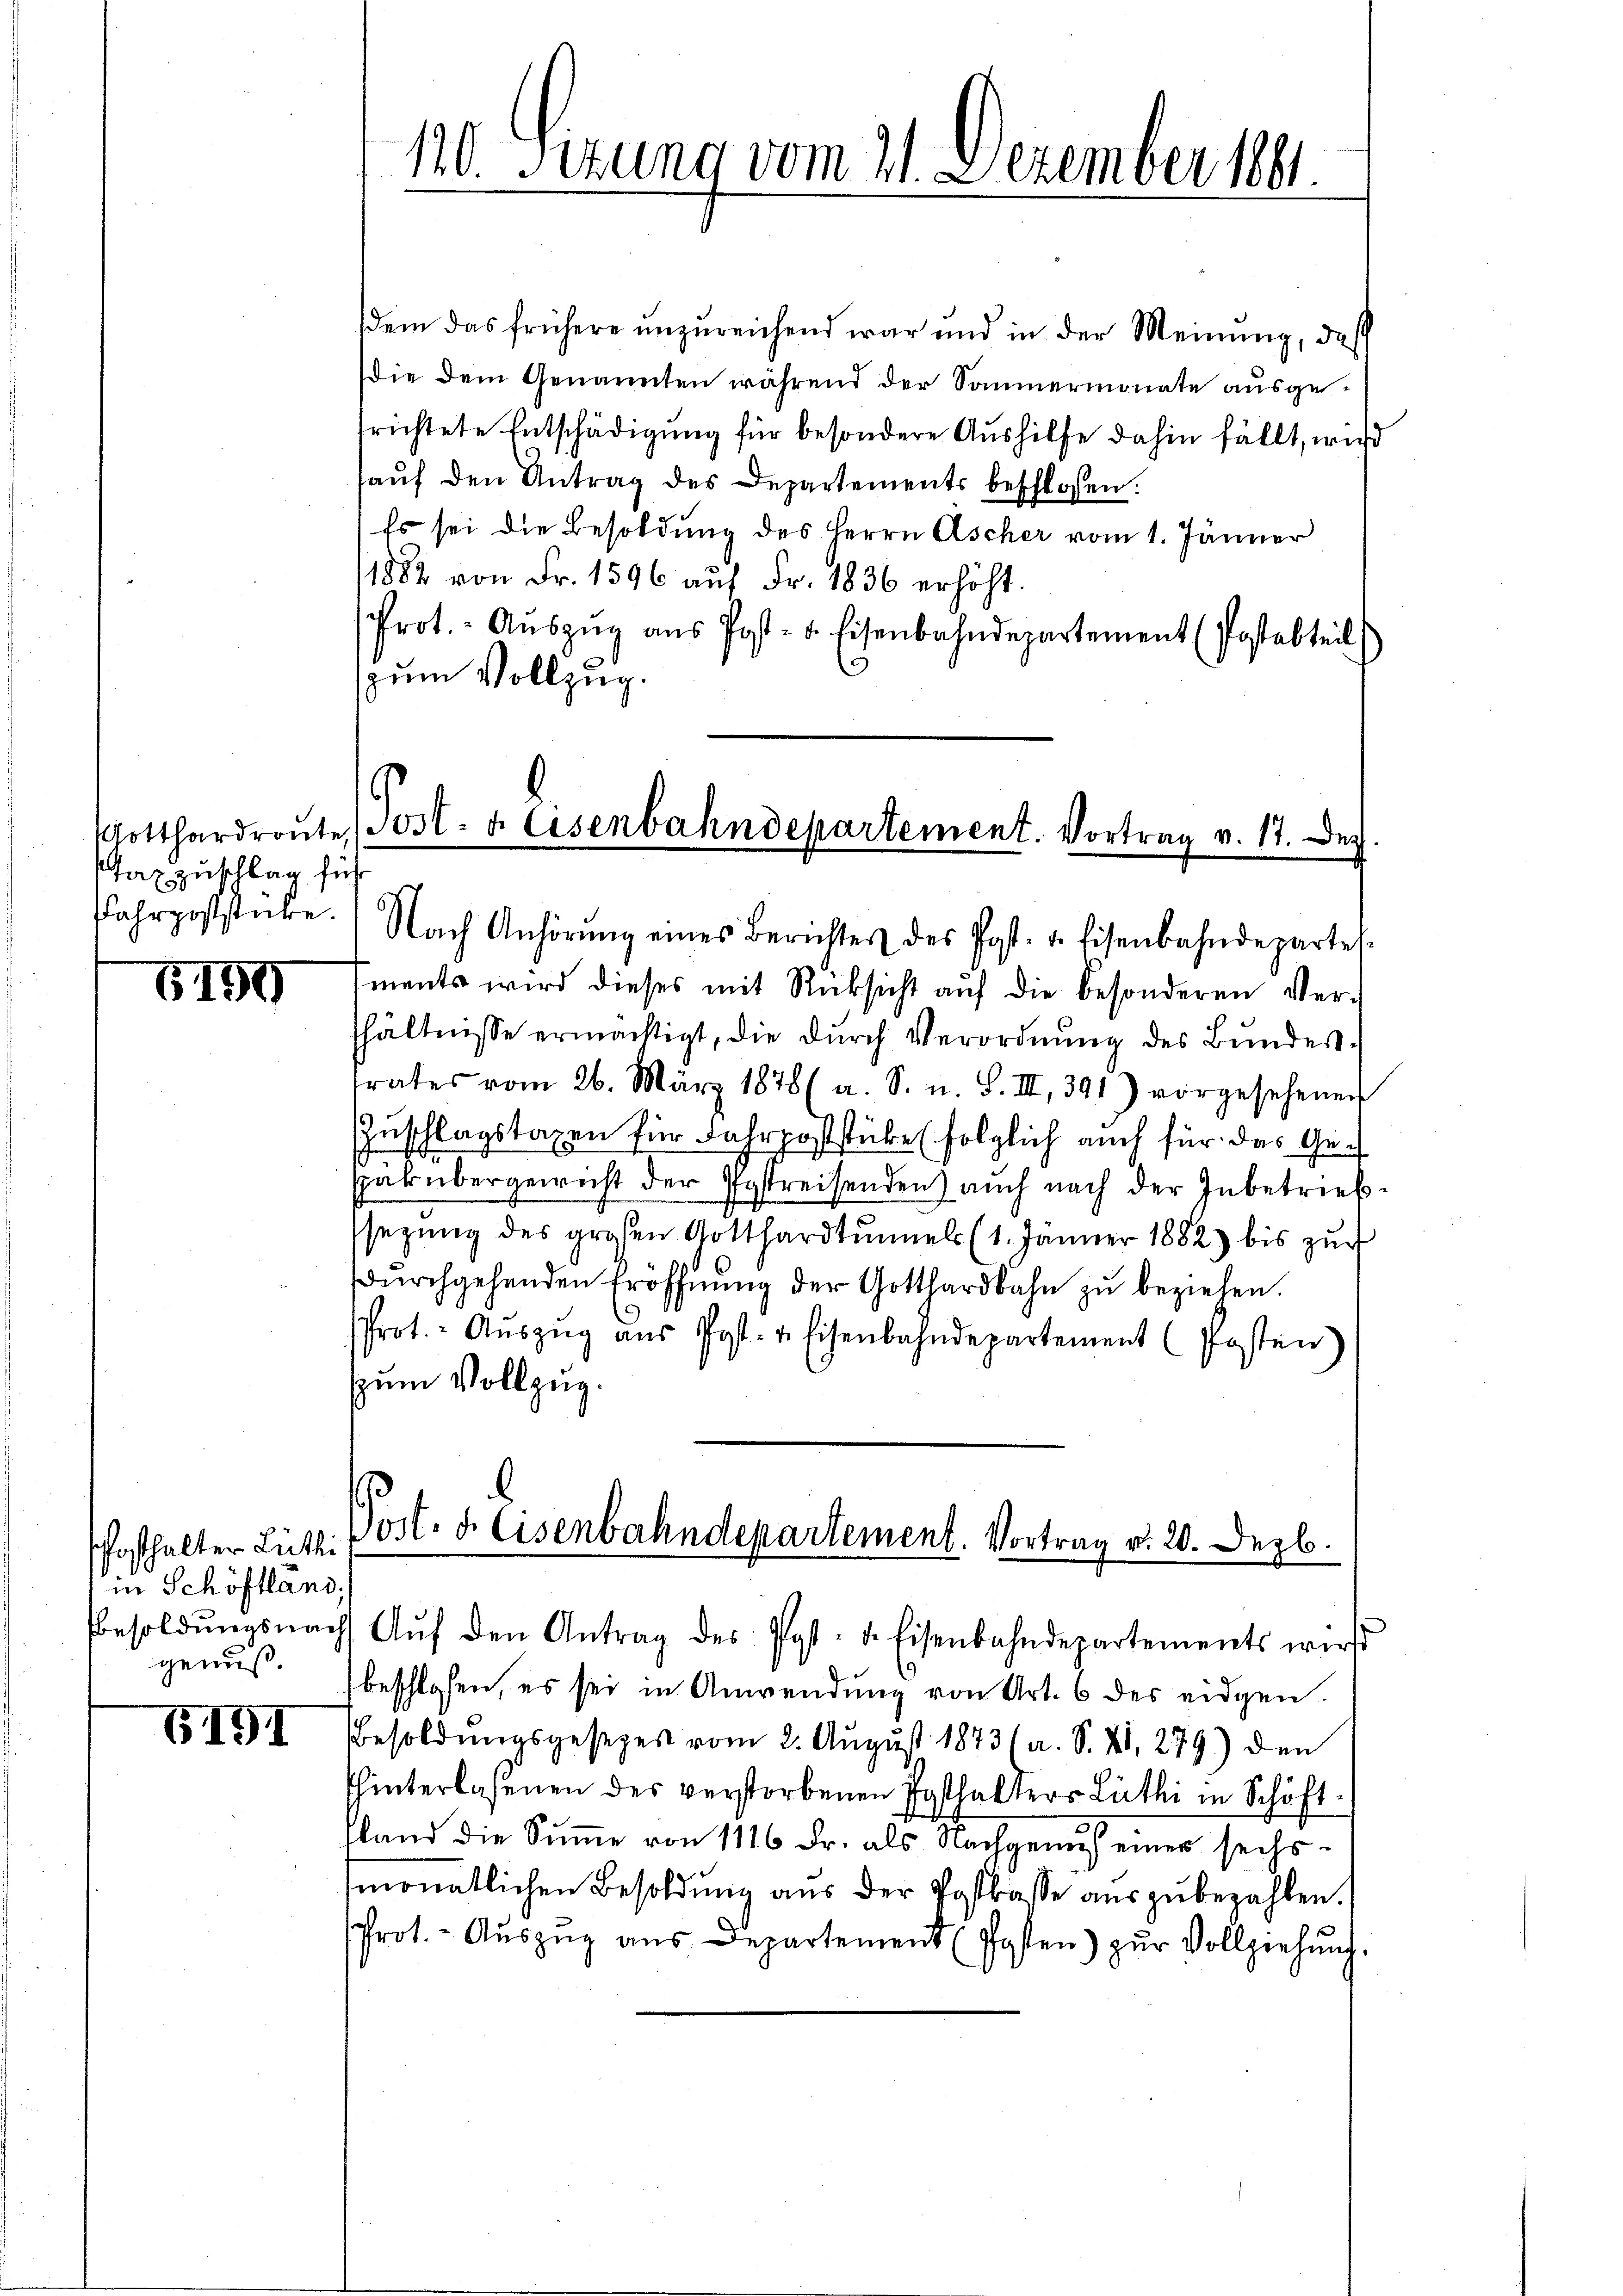
azzuschlag füh
Fahrpoststicke.

5191

schofhalter Lüthi
in Schöffländ
genuß.

G191

sdem das frühere ŭnzŭreichend war und in der Meinŭng, daß
die dem Genannten während der Sommermonate ausgefrichtete Entschädigung für besondere Aushilfe dahin fällt, wird
haŭf den Antrag des Departements beschlossen:
Es sei die Besoldung des Herrn Ascher vom 1. Jänner
1882 von Fr. 1596 auf Fr. 1836 erhöht.
Prot.- Aŭszŭg aŭs Post- u. Eisenbahndepartement (Postabteil
C
(zum Vollzug.

110. Sezung vom 21. Dezember 1891
.

Gotthardraŭte (Post- u. Eisenbahndepartement. Vortrag v. 17. Dez
Nach Anhörŭng eines Berichtes des Post- u. Eisenbahndeparte

mants wird dieses mit Rücksicht aŭf die besonderen Ver-
shältnisse ermächtigt, die durch Verordnung des Bundesrates vom 26. März 1878 (a. S. u. S. III 391) vorgesehener
ZZuschlagstaxen für Fahrpoststüke (folglich auch für das Gespakübergewicht der Postreisenden) auch nach der Inbetriebsezung des großen Gotthardtŭmel (1. Jänner 1882 bis zŭr
dŭrchgehenden Eröffnŭng der Gotthardbahn zŭ beziehen.
Prot. - Aŭszŭg aŭs Post- u. Eisenbahndepartement (Posten)
zum Vollzug.

Vort. d. Eisenbahndepartement. Vortrag v. 20. Dezb

Besoldŭngsnach Aŭf den Antrag des Post- u. Eisenbahndepartements wirst
beschlossen, es sei in Anwendung von Art. 6 des eidgen.
Besoldungsgesezes vom 2. August 1873 (a. S. 41, 279) den
hinterlassenen des verstorbenen Posthalters Lüthi in Schöft
sland die Summe von 1116 Fr. als Nachgenuss einer sechs-
monatlichen Besoldung aus der Postkasse auszubezahlen.
Prot. - Aŭszŭg aŭs Departement (Posten) zŭr Vollziehŭng.